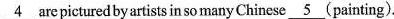
\underline{4}are pictured by artists in so many Chinese \underline{5}(painting).